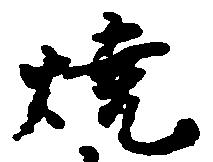
焼